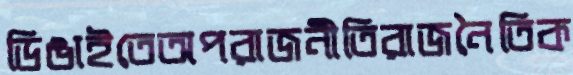
ডিঙাইতেঅপরাজনীতিরাজনৈতিক